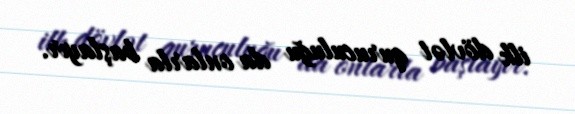
ilk dövlət quruculuğu da onlarla başlayır.